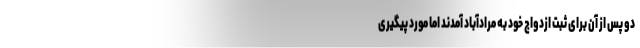
دو پس از آن برای ثبت ازدواج خود به مرادآباد آمدند اما مورد پیگیری